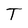
Character: T